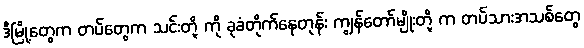
ဒီမြို့တွေက တပ်တွေက သင်းတို့ ကို ခုခံတိုက်နေတုန်း ကျွန်တော်မျိုးတို့ က တပ်သားအသစ်တွေ